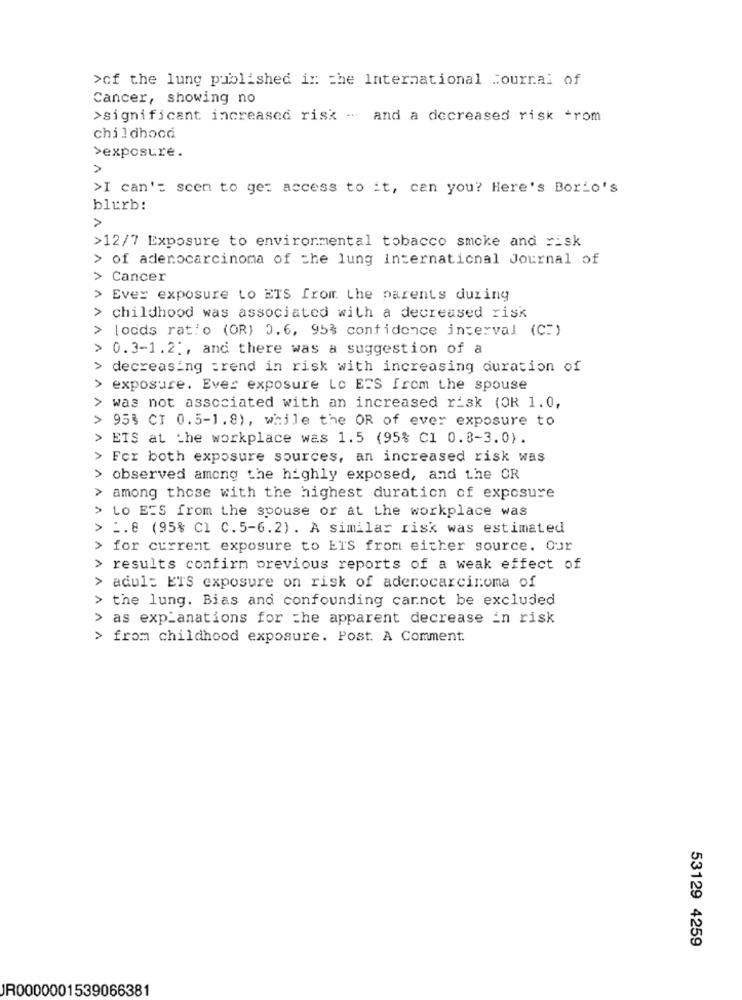
>of the lung published in the International Journal of
Cancer, showing no
>significant increased risk - and a decreased risk -rom
childhood
>exposure.
>I can': scen to get access to it, can you? Here's Borio's
blurb:
>12/7 Exposure to environmental tobacco smoke and risk
> of adenocarcinoma of the lung international Journal of
> Cancer
> Ever exposure to ETS from the parents during
> childhood was associated with a decreased risk
lodds ratio (OR) 0,6, 95% confidence interval (C:)
0.3-1.2 :, and there was a suggestion of a
decreasing =rend in risk with increasing duration of
> exposure. Ever exposure Lo ESS from the spouse
> was not associated with an increased risk (OR 1.0,
> 95% CI 0.5-1.8), while the OR of ever exposure to
> ETS at the workplace was 1.5 (95% C1 0.8-3.0).
> For both exposure sources, an increased risk was
> observed among the highly exposed, and the OR
among those with the highest duration of exposure
Lo EIS from the spouse or at the workplace was
> :. 8 (95% Cl C.5-6.2) . A similar risk was estimated
> for current exposure to ETS from either source. Our
> results confirm previous reports of a weak effect of
> adul: ETS exposure on risk of adenocarcinoma of
> the lung. Bias and confounding cannot be excluded
> as exp_anations for the apparent decrease in risk
> from childhood exposure. Post. A Comment.
53129 4259
JR0000001539066381